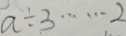
a \div 3 \cdots 2